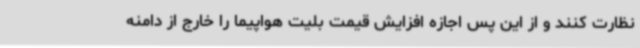
نظارت کنند و از این پس اجازه افزایش قیمت بلیت هواپیما را خارج از دامنه